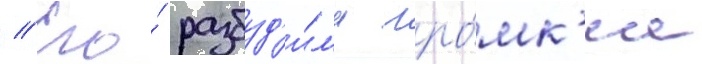
// Его́ разбуд'и́л'и гро́мк'ие